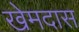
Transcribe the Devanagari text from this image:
खेमदास